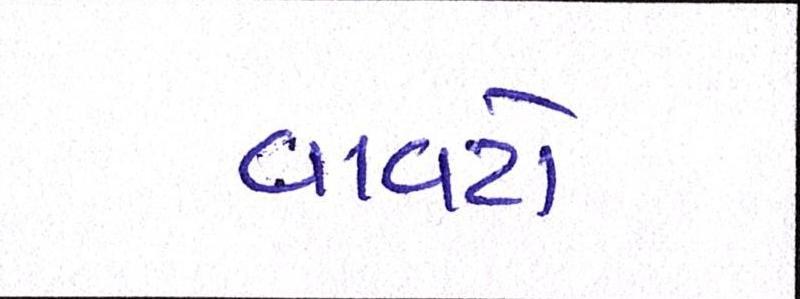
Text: વાવટો